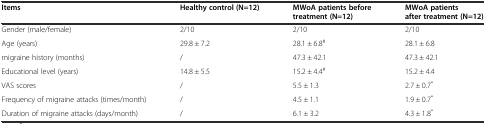
<table><thead><tr><td><b>Items</b></td><td><b>Healthy control (N=12)</b></td><td><b>MWoA patients before treatment (N=12)</b></td><td><b>MWoA patients after treatment (N=12)</b></td></tr></thead><tbody><tr><td>Gender (male/female)</td><td>2/10</td><td>2/10</td><td>2/10</td></tr><tr><td>Age (years)</td><td>29.8 ± 7.2</td><td>28.1 ± 6.8<sup>#</sup></td><td>28.1 ± 6.8</td></tr><tr><td>migraine history (months)</td><td>/</td><td>47.3 ± 42.1</td><td>47.3 ± 42.1</td></tr><tr><td>Educational level (years)</td><td>14.8 ± 5.5</td><td>15.2 ± 4.4<sup>#</sup></td><td>15.2 ± 4.4</td></tr><tr><td>VAS scores</td><td>/</td><td>5.5 ± 1.3</td><td>2.7 ± 0.7<sup>*</sup></td></tr><tr><td>Frequency of migraine attacks (times/month)</td><td>/</td><td>4.5 ± 1.1</td><td>1.9 ± 0.7<sup>*</sup></td></tr><tr><td>Duration of migraine attacks (days/month)</td><td>/</td><td>6.1 ± 3.2</td><td>4.3 ± 1.8<sup>*</sup></td></tr></tbody></table>